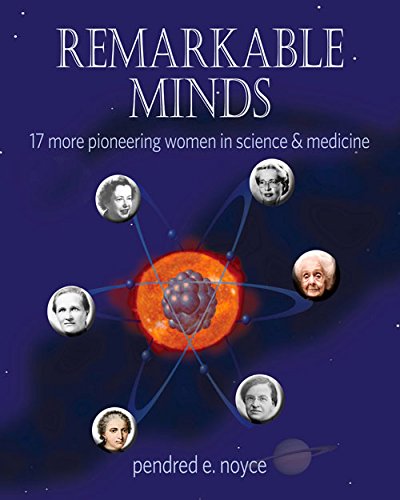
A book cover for Remarkable Minds: 16 More Pioneering Women in Science and Medicine (Magnificent Minds); Penny Noyce; Teen & Young Adult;